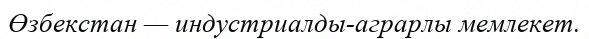
Өзбекстан — индустриалды-аграрлы мемлекет.